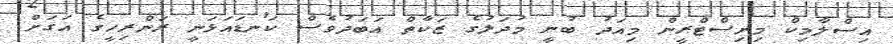
އިސްލާމިކް މިނިސްޓްރީން މިއަދު ބުނީ މުދަލުގެ ޒަކާތް އަބަދުވެސް ކަނޑައަޅަނީ ރަންރިހީގެ އަގަށް